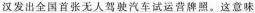
汉发出全国首张无人驾驶汽车试运营牌照。这意味